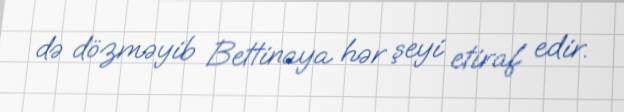
də dözməyib Bettinaya hər şeyi etiraf edir.